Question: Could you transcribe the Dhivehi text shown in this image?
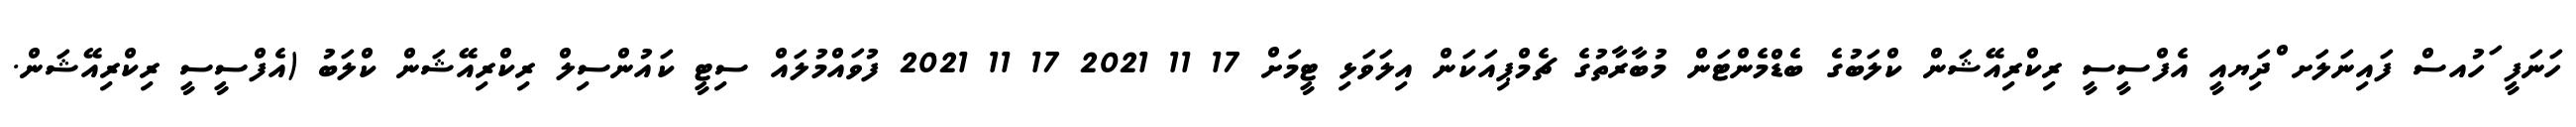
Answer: ހަނަފީ ަހުއސް ފައިނަލަށ ްދިަޔއީ އެފްސީސީ ރިކްރިއޭޝަން ކްލަބުގެ ބެޑްމެންޓަން މުބާރާތުގެ ޗެމްޕިއަކަން އިލަވަޅި ޓީމަށް 17 11 2021 17 11 2021 ފުވައްމުލައް ސިޓީ ކައުންސިލް ރިކްރިއޭޝަން ކްލަބު (އެފްސީސީ ރިކްރިއޭޝަން.